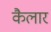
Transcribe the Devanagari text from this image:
कैलार